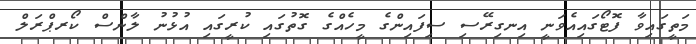
މަތީގައިވާ ފޮޓޯގައިއެވަނީ އިނގިރޭސި ސިފައިންގެ މީހެއްގެ ގޮތުގައި ކުރީގައި އުޅުނު ލާންސް ކޯރޕްރަލް